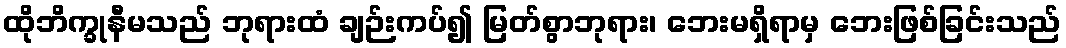
ထိုဘိက္ခုနီမသည် ဘုရားထံ ချဉ်းကပ်၍ မြတ်စွာဘုရား၊ ဘေးမရှိရာမှ ဘေးဖြစ်ခြင်းသည်